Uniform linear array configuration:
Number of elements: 4
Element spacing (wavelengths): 0.75
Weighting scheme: cosine
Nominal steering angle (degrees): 15
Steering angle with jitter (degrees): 16.821
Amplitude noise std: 0.05
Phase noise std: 0.05

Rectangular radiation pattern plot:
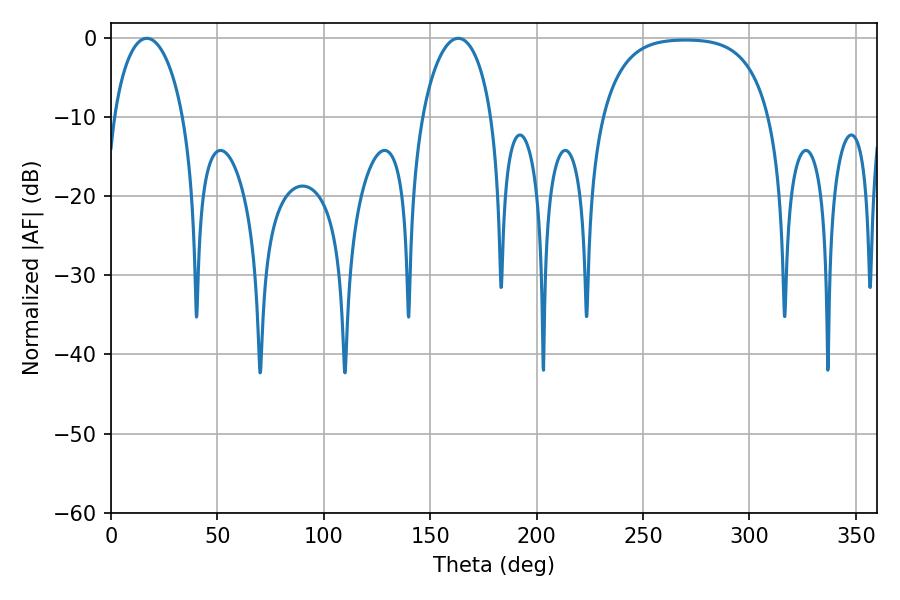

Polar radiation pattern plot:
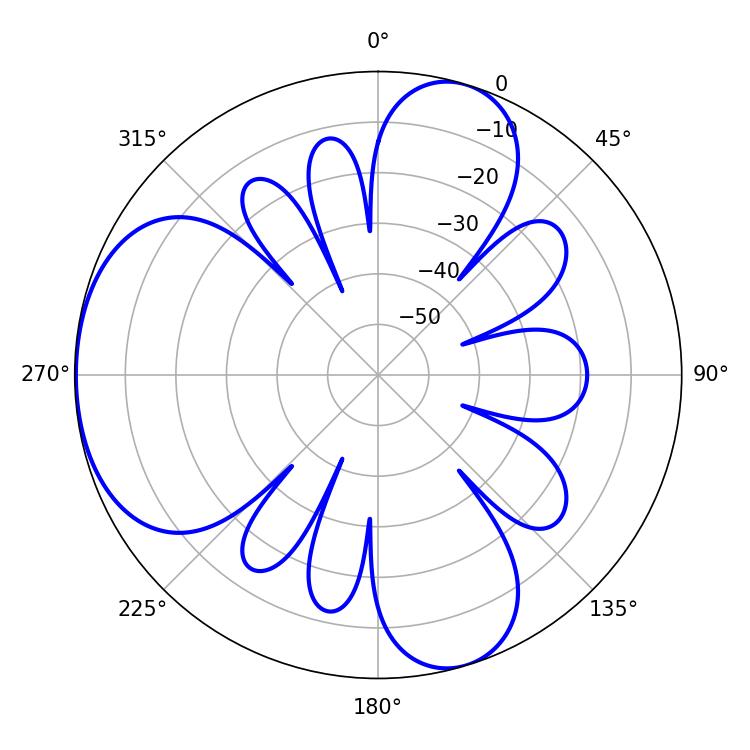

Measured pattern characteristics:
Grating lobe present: TRUE
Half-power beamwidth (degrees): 18.72
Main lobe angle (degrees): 16.74